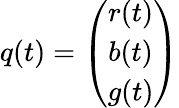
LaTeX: q(t)=\left(\begin{array}{c}{r(t)}\\ {b(t)}\\ {g(t)}\end{array}\right)